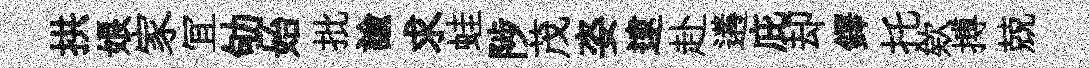
拱娘家冝劬始批諭求蛙陟茂姿逮赴遘庇却鐸托欸搏兢